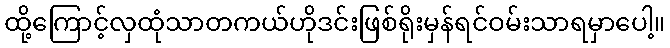
ထို့ကြောင့်လှထုံသာတကယ်ဟိုဒင်းဖြစ်ရိုးမှန်ရင်ဝမ်းသာရမှာပေါ့။